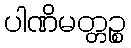
ပါဏိမတ္တဉ္စ